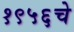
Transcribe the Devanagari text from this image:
१९५६चे